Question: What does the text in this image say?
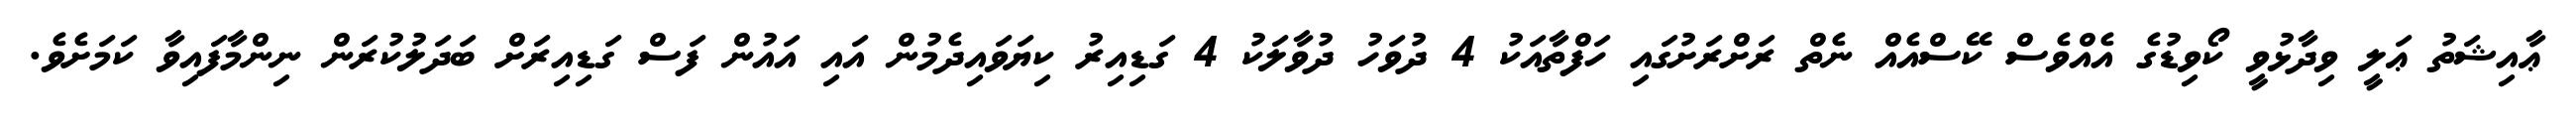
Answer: ޢާއިޝަތު ޢަލީ ވިދާޅުވީ ކޯވިޑުގެ އެއްވެސް ކޭސްއެއް ނެތް ރަށްރަށުގައި ހަފްތާއަކު 4 ދުވަހު ދުވާލަކު 4 ގަޑިއިރު ކިޔަވައިދެމުން އައި އައުން ފަސް ގަޑިއިރަށް ބަދަލުކުރަން ނިންމާފައިވާ ކަމަށެވެ.